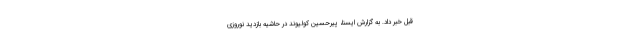
قبل خبر داد. به گزارش ایسنا، پیرحسین کولیوند در حاشیه بازدید نوروزی